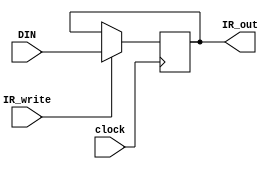
module ir_reg(DIN, clock, IR_write, IR_out);

 input clock;
 input [16:0] DIN;
 input IR_write;

 output [16:0] IR_out;

 reg [16:0] ir_data;


 always @(posedge clock) begin

	if(IR_write) begin
		ir_data <= DIN;
	end

  end

 assign IR_out = ir_data;

endmodule